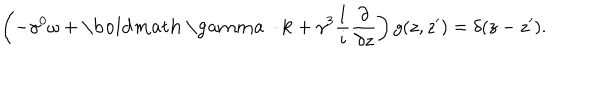
LaTeX: \left( - \gamma ^ { 0 } \omega + { \bf \mathrm { \boldmath ~ \ g a m m a ~ } \cdot k } + \gamma ^ { 3 } { \frac { 1 } { i } } { \frac { \partial } { \partial z } } \right) g ( z , z ^ { \prime } ) = \delta ( z - z ^ { \prime } ) .